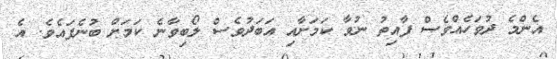
އެންމެ ދުވަހެއްވެސް ފާއިތު ނުވާ ކަމަށާއި އަބަދުވެސް ލޯބިވާނެ ކަމަށް ބުނެފައެވެ. އެ